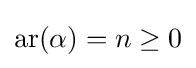
{\text{ar}}(\alpha )=n\geq 0